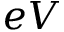
e V